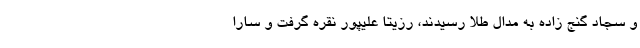
و سجاد گنج زاده به مدال طلا رسیدند، رزیتا علیپور نقره گرفت و سارا